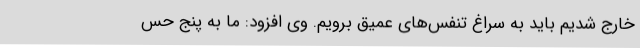
خارج شدیم باید به سراغ تنفس‌های عمیق برویم. وی افزود: ما به پنج حس